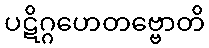
ပဋိဂ္ဂဟေတဗ္ဗောတိ